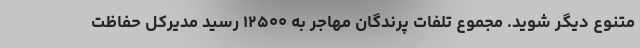
متنوع دیگر شوید. مجموع تلفات پرندگان مهاجر به ۱۲۵۰۰ رسید مدیرکل حفاظت